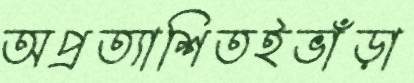
অপ্রত্যাশিতইভাঁড়া